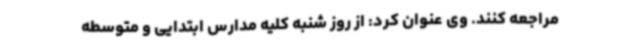
مراجعه کنند. وی عنوان کرد: از روز شنبه کلیه مدارس ابتدایی و متوسطه